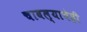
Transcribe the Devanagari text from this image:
चावल्याचेही